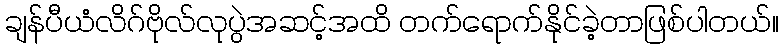
ချန်ပီယံလိဂ်ဗိုလ်လုပွဲအဆင့်အထိ တက်ရောက်နိုင်ခဲ့တာဖြစ်ပါတယ်။